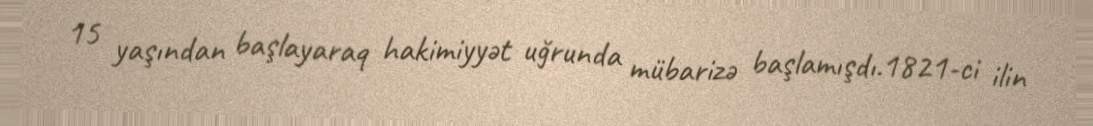
15 yaşından başlayaraq hakimiyyət uğrunda mübarizə başlamışdı.1821-ci ilin